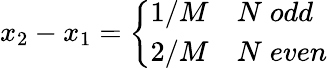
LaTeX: x_{2}-x_{1}=\left\{ \begin{array}{cl}{{1/M}}&{{N\; odd}}\\ {{2/M}}&{{N\; even}}\end{array}\right.